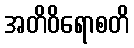
အတိဝိရောစတိ